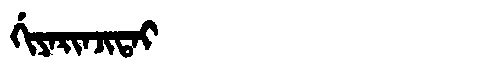
Manchu: ᡤᡳᠶᠠᡵᡳᠨᠵᡳᡨᠠᡳ
Romanization: GIYARINJITAI